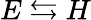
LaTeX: E\leftrightarrows H